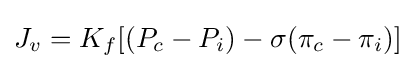
J_{v}=K_{f}[(P_{c}-P_{i})-\sigma (\pi _{c}-\pi _{i})]